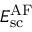
E _ { \mathrm { s c } } ^ { \mathrm { A F } }